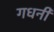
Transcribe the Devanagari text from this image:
गधनी